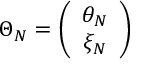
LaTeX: \Theta _ { N } = \left( \begin{array} { c } { { \theta _ { N } } } \\ { { \xi _ { N } } } \end{array} \right)